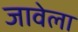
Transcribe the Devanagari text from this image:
जावेला